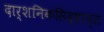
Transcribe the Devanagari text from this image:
दार्शनिकसिद्धान्त